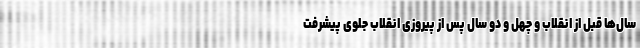
سال‌ها قبل از انقلاب و چهل و دو سال پس از پیروزی انقلاب جلوی پیشرفت